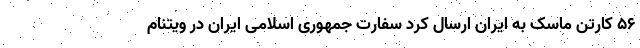
۵۶ کارتن ماسک به ایران ارسال کرد سفارت جمهوری اسلامی ایران در ویتنام